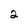
Character: 2